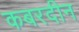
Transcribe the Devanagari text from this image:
कबरदीन